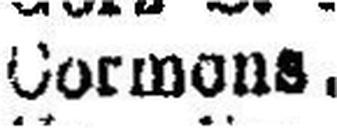
Cormons